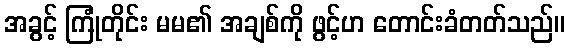
အခွင့် ကြုံတိုင်း မမ၏ အချစ်ကို ဖွင့်ဟ တောင်းခံတတ်သည်။